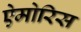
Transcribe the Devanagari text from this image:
ऐमोरिस